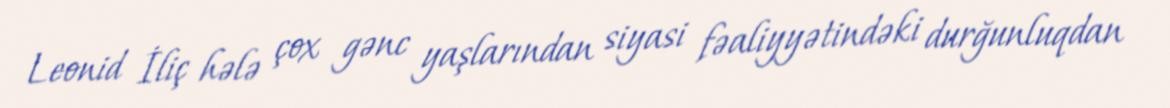
Leonid İliç hələ çox gənc yaşlarından siyasi fəaliyyətindəki durğunluqdan